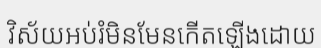
វិស័យអប់រំមិនមែនកើតឡើងដោយ